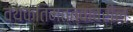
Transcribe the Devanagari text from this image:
व्यक्तिमत्त्वावरील